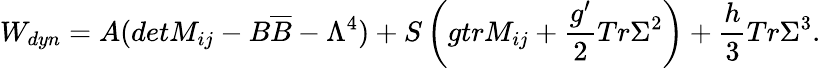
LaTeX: W_{dyn}=A(detM_{ij}-B\overline{{{B}}}-\Lambda^{4})+S\left(gtrM_{ij}+\frac{g^{\prime}}{2}Tr\Sigma^{2}\right)+\frac{h}{3}Tr\Sigma^{3}.